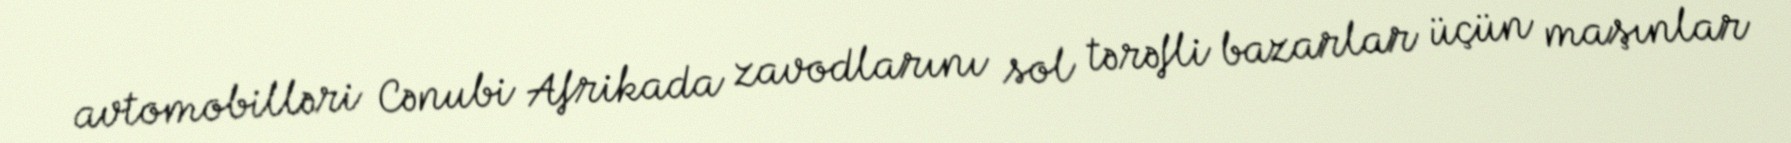
avtomobilləri Cənubi Afrikada zavodlarını sol tərəfli bazarlar üçün maşınlar